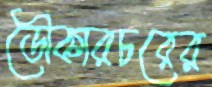
ডৌকারচরের